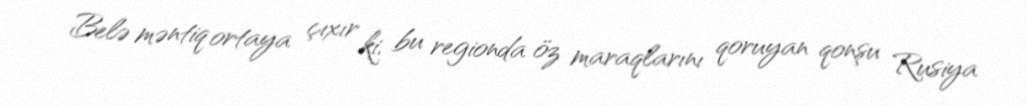
Belə məntiq ortaya çıxır ki, bu regionda öz maraqlarını qoruyan qonşu Rusiya